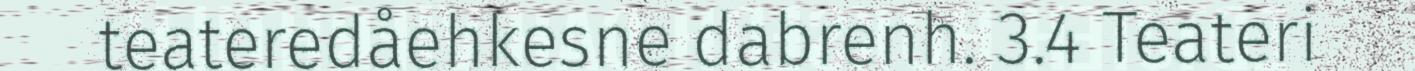
teateredåehkesne dabrenh. 3.4 Teateri